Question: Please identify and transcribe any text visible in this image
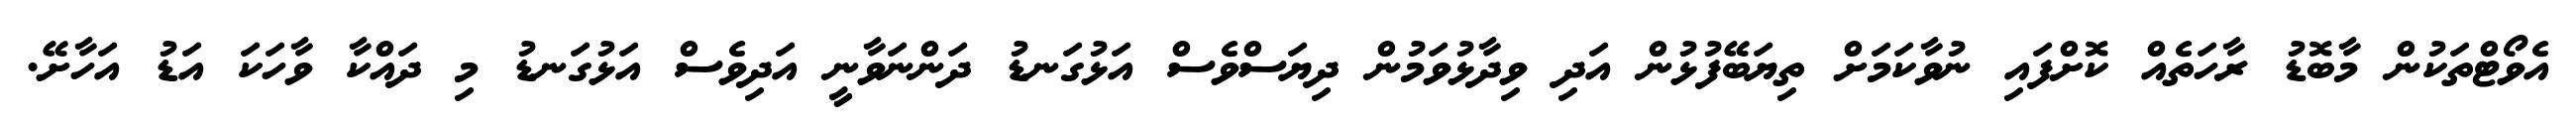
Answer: އެވޯޓްތަކުން މާބޮޑު ރާހަތެއް ކޮށްފައި ނުވާކަމަށް ތިޔަބޭފުޅުން އަދި ވިދާޅުވަމުން ދިޔަސްވެސް އަޅުގަނޑު ދަންނަވާނީ އަދިވެސް އަޅުގަނޑު މި ދައްކާ ވާހަކަ އަޑު އަހާށޭ.